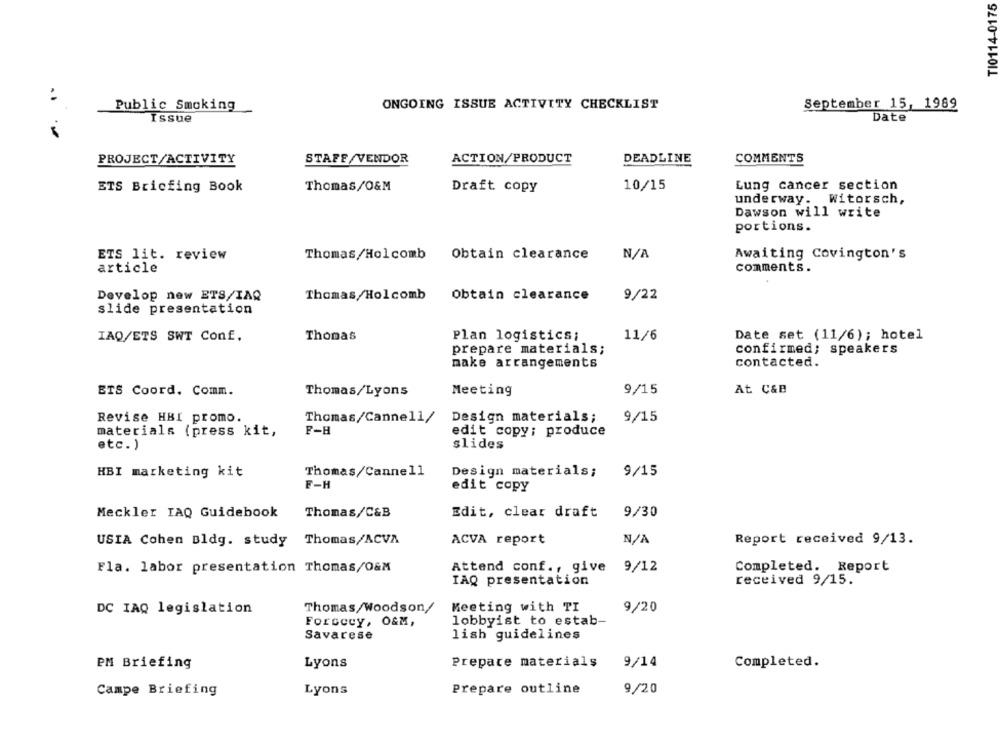
TI0114-0175
September 15, 1989
Public Smoking
ONGOING ISSUE ACTIVITY CHECKLIST
Issue
Date
PROJECT/ACTIVITY
STAFF/VENDOR
ACTION/PRODUCT
DEADLINE
COMMENTS
Lung cancer section
ETS Bricfing Book
Thomas/O&M
Draft copy
10/15
underway. Witorsch,
Dawson will write
portions.
ETS lit. review
Thomas/Holcomb
Obtain clearance
Awaiting Covington's
article
comments.
Develop new ETS/IAQ
Thomas/Holcomb
Obtain clearance
9/22
slide presentation
IAQ/ETS SWT Conf.
Thomas
Plan logistics;
11/6
Date set (11/6); hotel
confirmed; speakers
prepare materials;
make arrangements
contacted.
ETS Coord. Comm.
Thomas/Lyons
Meeting
9/15
At C&B
Revise HBI promo.
Thomas/Canne11/
Design materials;
9/15
F-H
materials (press kit,
edit copy; produce
etc. )
slides
HBI marketing kit
Thomas/Cannell
Design materials;
9/15
F-H
edit copy
Meckler IAQ Guidebook
Thomas/C&B
Edit, clear draft
9/30
USIA Cohen Bldg. study
Thomas/ACVA
ACVA report
Report received 9/13.
Fla. labor presentation Thomas/O&M
Attend conf ., give
9/12
Completed. Report
IAQ presentation
received 9/15.
Thomas/Woodson/
Meeting with TI
9/20
DC IAQ legislation
Forseey, O&M,
lobbyist to estab-
Savarese
lish guidelines
PM Briefing
Lyons
Prepare materials
9/14
Completed.
Lyons
Prepare outline
9/20
Campe Briefing